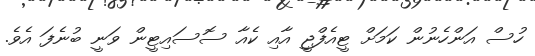
ހުސް އަންހެނުން ކަމަށް ޓީއެފްޖީ އާއި ކެއާ ސޮސައިޓީން ވަނީ ބުނެފަ އެވެ.